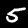
Label: 5